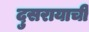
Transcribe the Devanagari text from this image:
दुसरायाची